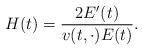
LaTeX: \begin{align*}H(t) = \dfrac{2 E'(t)}{v(t,\cdot) E(t)}.\end{align*}